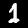
Label: 1